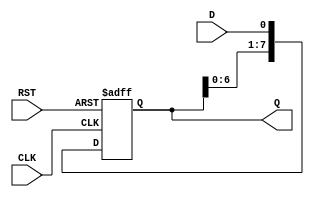
module ShiftRegister #(
    parameter WIDTH = 8  // Width of the shift register
)(
    input wire CLK,       // Clock input
    input wire RST,       // Asynchronous reset
    input wire D,         // Data input
    output reg [WIDTH-1:0] Q  // Data output
);

    // Always block triggered on the rising edge of the clock or the reset signal
    always @(posedge CLK or posedge RST) begin
        if (RST) begin
            // Asynchronous reset: Clear the register
            Q <= {WIDTH{1'b0}};  // Set all bits to 0
        end else begin
            // Shift operation: Shift data to the right and input new data
            Q <= {Q[WIDTH-2:0], D}; // Shift right and insert new data at the MSB
        end
    end

endmodule